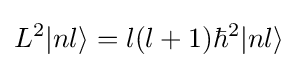
L^{2}|nl\rangle =l(l+1)\hbar ^{2}|nl\rangle